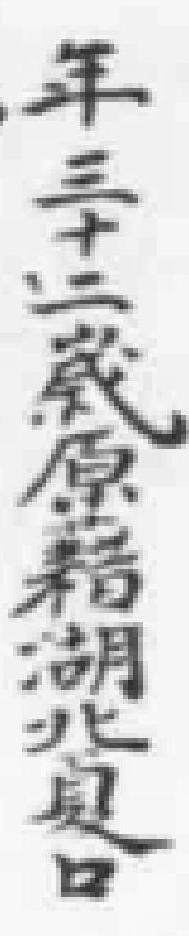
年三十二歲原籍湖北夏口